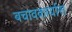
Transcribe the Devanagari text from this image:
बचावकार्यास